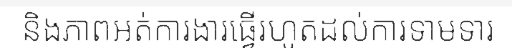
និងភាពអត់ការងារធ្វើរហូតដល់ការទាមទារ